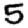
Digit: 5